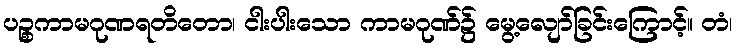
ပဉ္စကာမဂုဏရတိတော၊ ငါးပါးသော ကာမဂုဏ်၌ မွေ့လျော်ခြင်းကြောင့်။ တံ၊